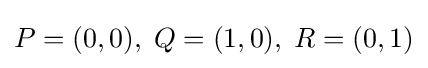
P=(0,0),\;Q=(1,0),\;R=(0,1)